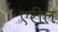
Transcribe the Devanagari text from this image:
एरील